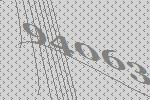
94063